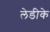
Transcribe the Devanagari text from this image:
लेडीके